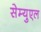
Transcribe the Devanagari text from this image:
सेम्युएल